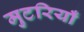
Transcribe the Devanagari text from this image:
मुटरियाँ